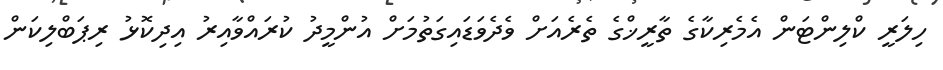
ހިލަރީ ކްލިންޓަން އެމެރިކާގެ ތާރީޚްގެ ތެރެއަށް ވެދެވަޑައިގަތުމަށް އުންމީދު ކުރައްވާއިރު އިދިކޮޅު ރިޕަބްލިކަން